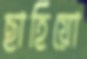
ছাহিয়ো